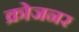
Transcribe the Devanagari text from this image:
क्रोजनर